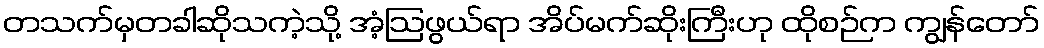
တသက်မှတခါဆိုသကဲ့သို့ အံ့ဩဖွယ်ရာ အိပ်မက်ဆိုးကြီးဟု ထိုစဉ်က ကျွန်တော်